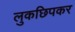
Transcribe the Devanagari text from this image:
लुकछिपकर